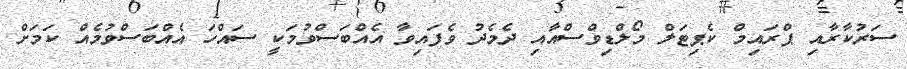
ސަރުކާރާއި ޕްރައިމް ކެޕިޓަލް މޯލްޑިވްސްއާއި ދެމެދު ވެފައިވާ އެއްބަސްވުމަކީ ސައްހަ އެއްބަސްވުމެއް ކަމަށް